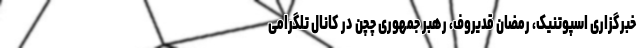
خبرگزاری اسپوتنیک، رمضان قدیروف، رهبر جمهوری چچن در کانال تلگرامی